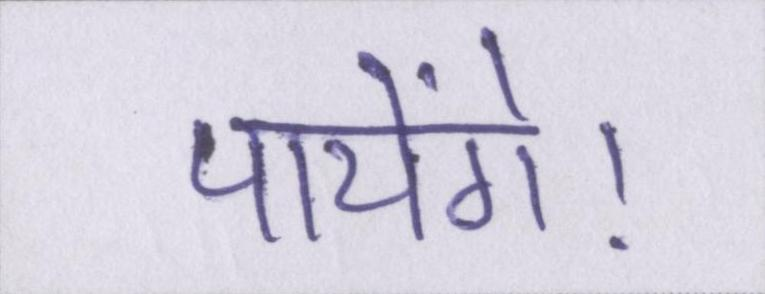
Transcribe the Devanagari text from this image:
पायेंगे।